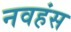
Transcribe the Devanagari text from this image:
नवहंस